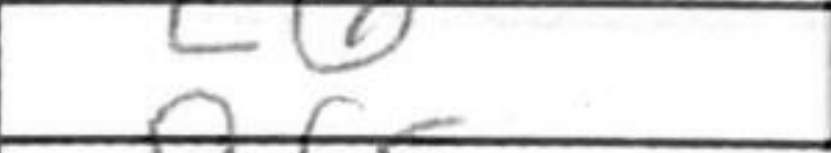
Transcription: c6